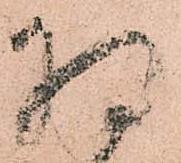
将